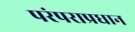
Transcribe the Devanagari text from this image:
परंपराप्रधान